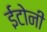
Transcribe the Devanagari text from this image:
ईटोनी